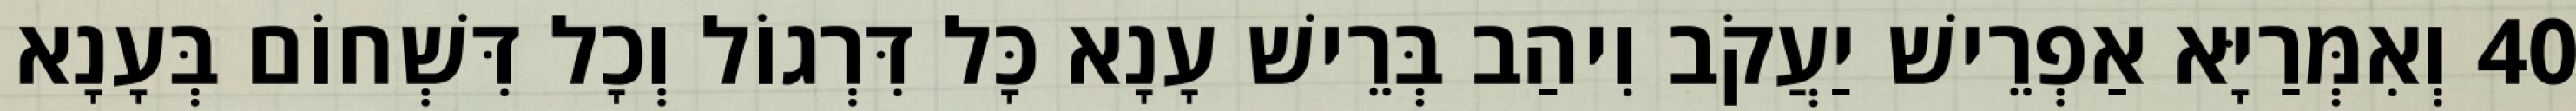
40 וְאִמְּרַיָּא אַפְרֵישׁ יַעֲקֹב וִיהַב בְּרֵישׁ עָנָא כָּל דִּרְגוֹל וְכָל דִּשְׁחוֹם בְּעָנָא